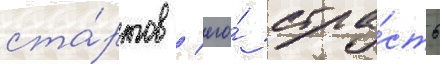
ста́ртов / его́ стра́сть